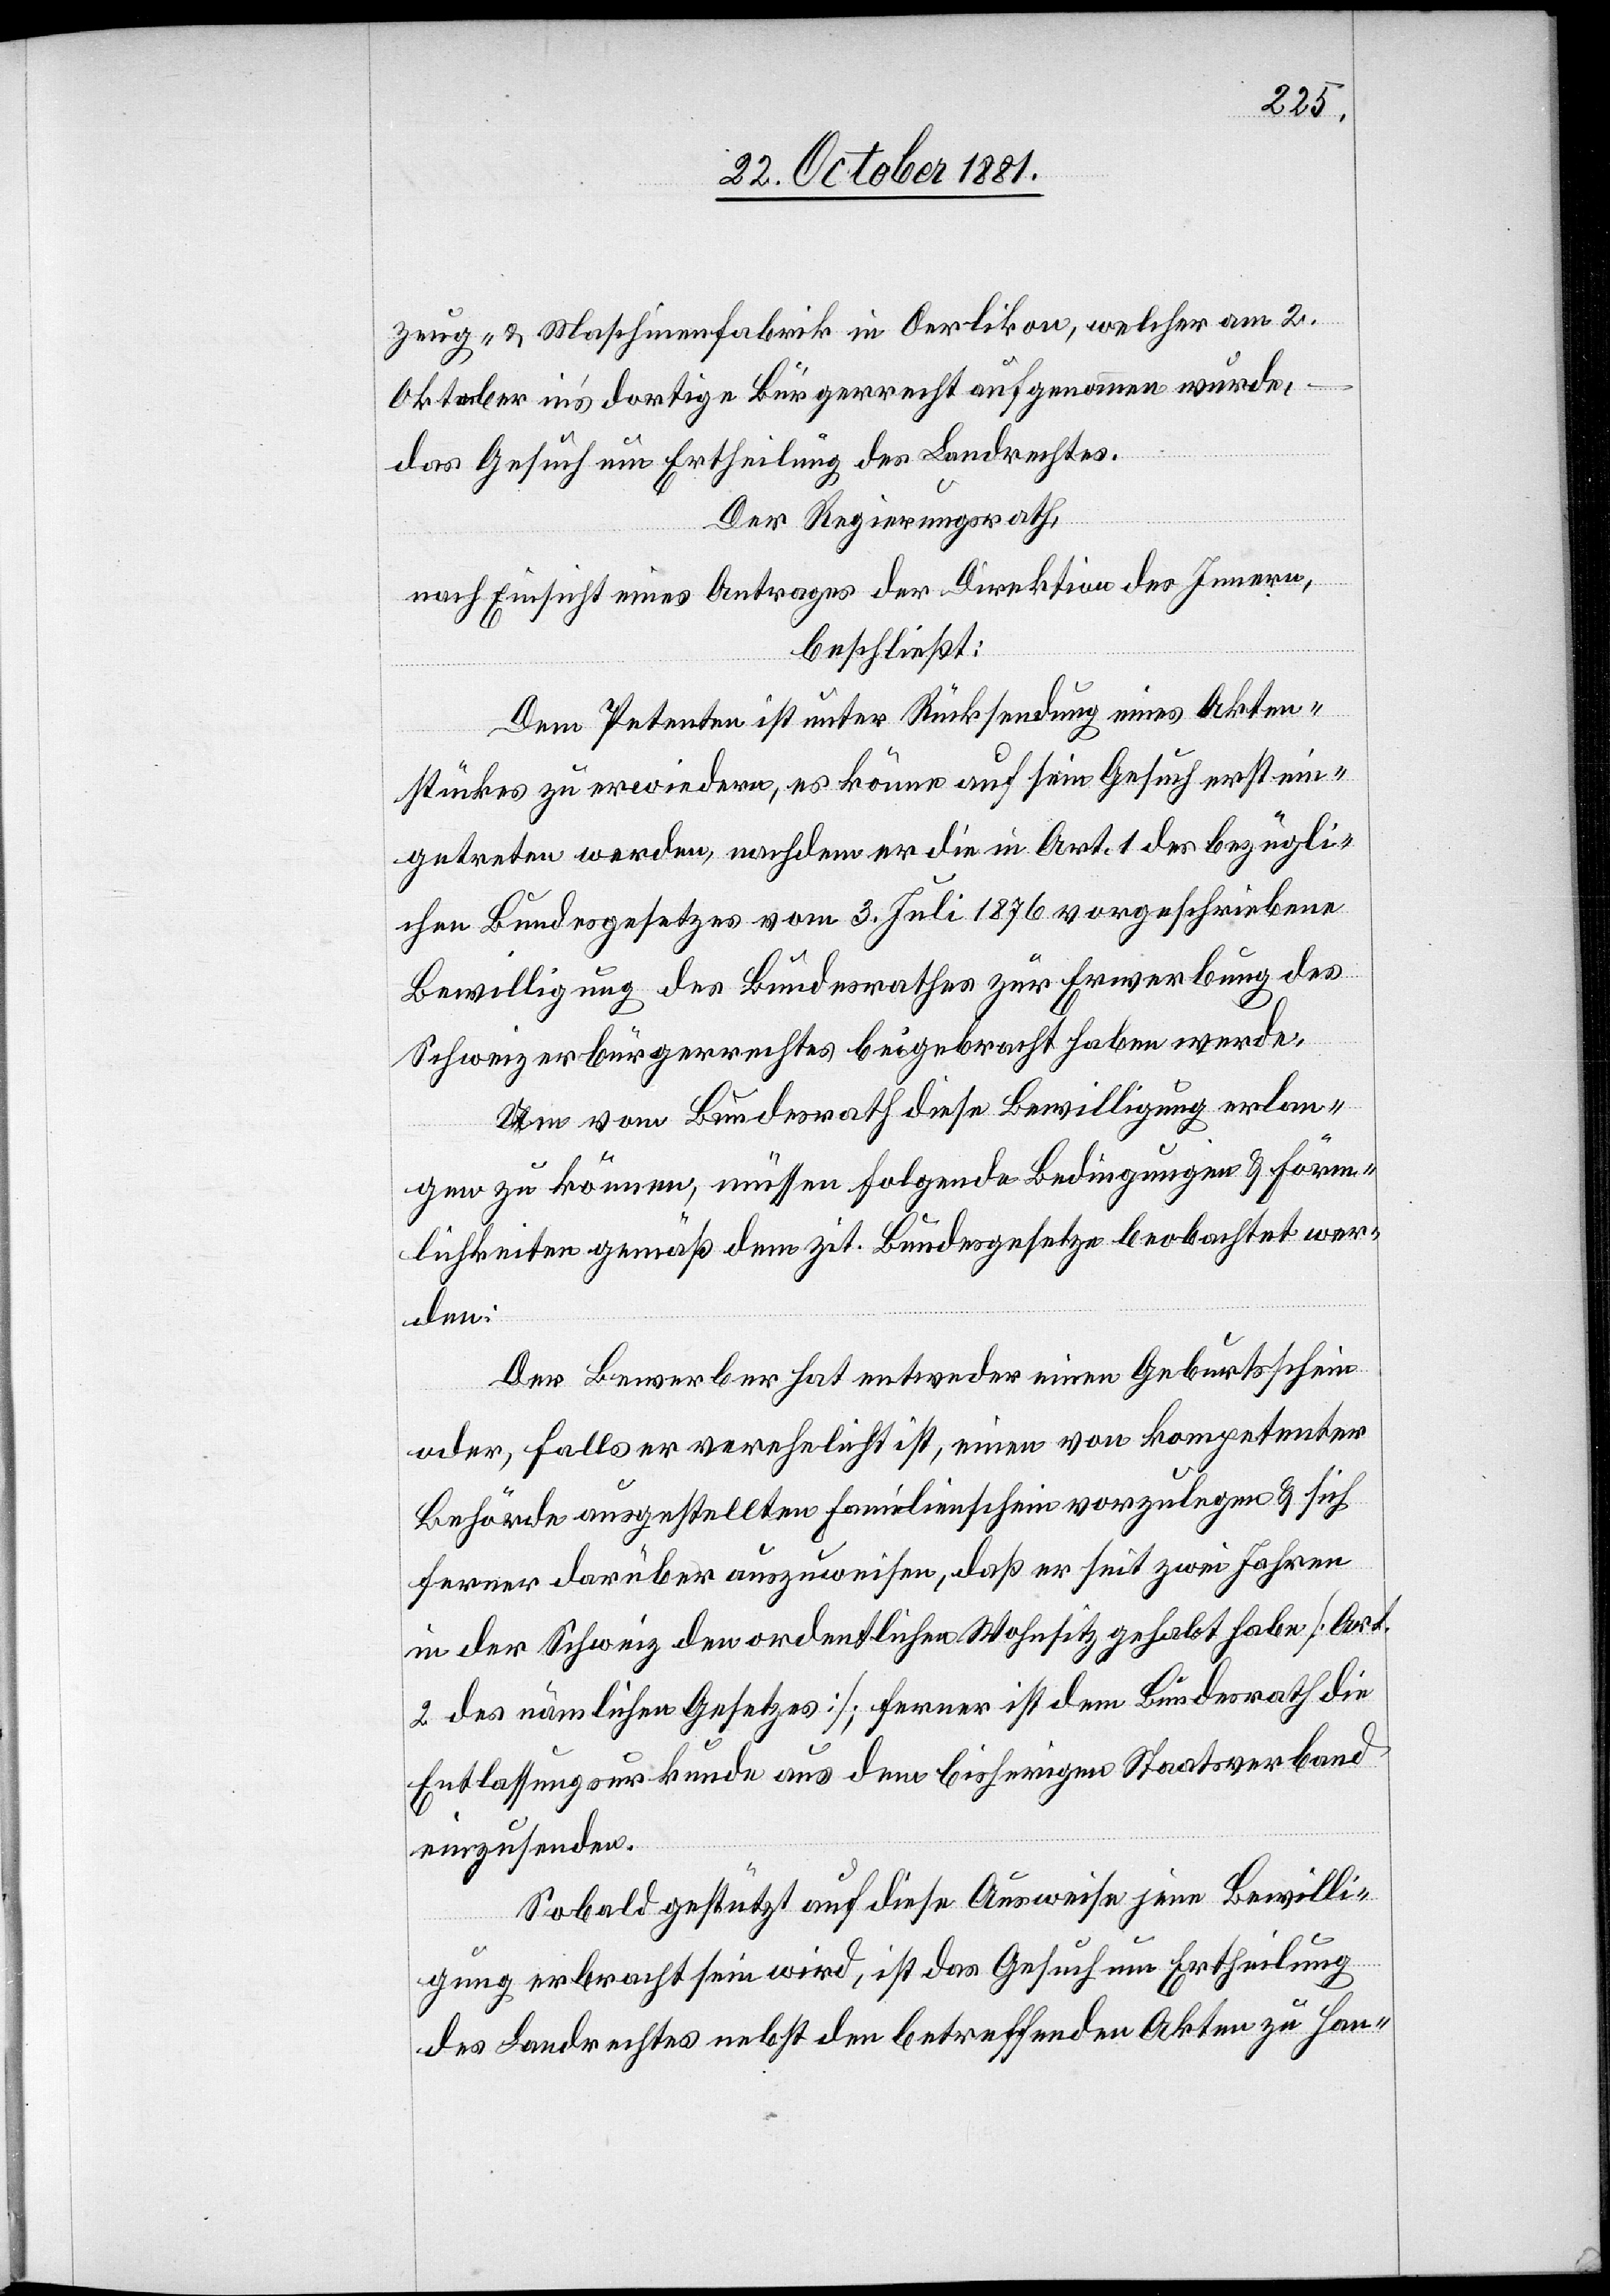
zeug- & Maschinenfabrik in Oerlikon, welcher am 2.
Oktober in’s dortige Bürgerrecht aufgenommen wurde,
das Gesuch um Ertheilung des Landrechtes.
Der Regierungsrath,
nach Einsicht eines Antrages der Direktion des Innern,
beschließt:
Dem Petenten ist unter Rücksendung eines Akten¬
stückes zu erwiedern, es könne auf sein Gesuch erst ein¬
getreten werden, nachdem er die in Art. 1 des bezügli¬
chen Bundesgesetzes vom 3. Juli 1876 vorgeschriebene
Bewilligung des Bundesrathes zur Erwerbung des
Schweizerbürgerrechtes beigebracht haben werde.
Um vom Bundesrath diese Bewilligung erlan¬
gen zu können, müssen folgende Bedingungen & Förm¬
lichkeiten gemäß dem zit. Bundesgesetze beobachtet wer¬
den:
Der Bewerber hat entweder einen Geburtsschein
oder, falls er verehelicht ist, einen von kompetenter
Behörde ausgestellten Familienschein vorzulegen & sich
ferner darüber auszuweisen, daß er seit zwei Jahren
in der Schweiz den ordentlichen Wohnsitz gehabt habe [Art.
2 des nämlichen Gesetzes]; ferner ist dem Bundesrath die
Entlassungsurkunde aus dem bisherigen Staatsverband
einzusenden.
Sobald gestützt auf diese Ausweise jene Bewilli¬
gung erbracht sein wird, ist das Gesuch um Ertheilung
des Landrechtes nebst den betreffenden Akten zu Han-